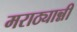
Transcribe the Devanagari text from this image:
मराठ्यान्नी